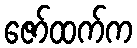
ဇော်ထက်က